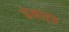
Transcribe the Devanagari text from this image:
ह्रेनारह